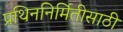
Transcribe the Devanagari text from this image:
प्रथिननिर्मितीसाठी